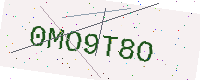
Text: 0MO9T8O